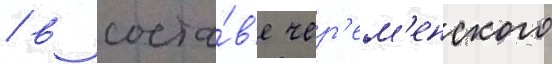
/ в соста́в'е чер'ем'енского